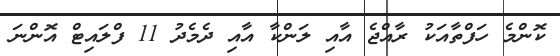
ކޮންމެ ހަފްތާއަކު ރާއްޖެ އާއި ލަންކާ އާއި ދެމެދު 11 ފްލައިޓް އޮންނަ